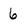
Character: 6